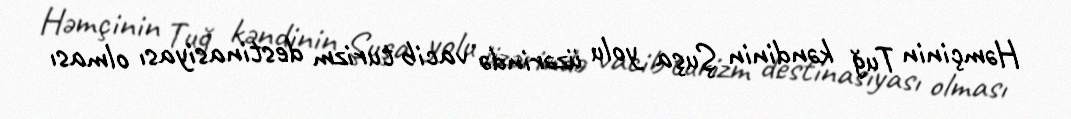
Həmçinin Tuğ kəndinin Şuşa yolu üzərində vacib turizm destinasiyası olması